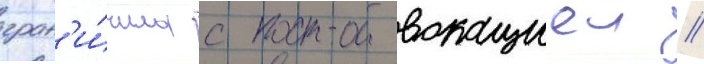
гран'и́чила с провокациеи /